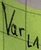
Text: Varl1